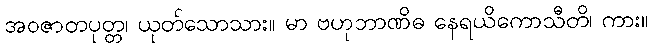
အဝဇာတပုတ္တ၊ ယုတ်သောသား။ မာ ဗဟုဘာဏိဓ နေရယိကောသီတိ၊ ကား။